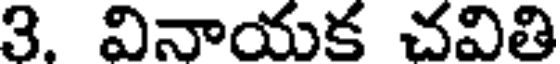
3. వినాయక చవితి